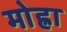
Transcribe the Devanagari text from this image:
मोह्रा